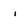
Character: i